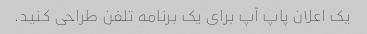
یک اعلان پاپ آپ برای یک برنامه تلفن طراحی کنید.